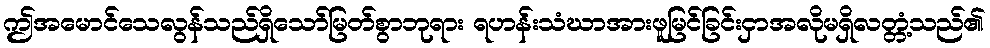
ဤအမောင်သေလွန်သည်ရှိသော်မြတ်စွာဘုရား ရဟန်းသံဃာအားဖူမြင်ခြင်းငှာအလိုမရှိလတ္တံ့သည်၏